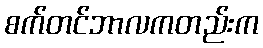
စက်တင်ဘာလကတည်းက